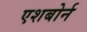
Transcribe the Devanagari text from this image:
एशबोर्न